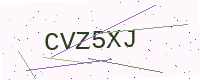
Text: CVZ5XJ